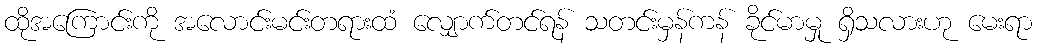
ထိုအကြောင်းကို အလောင်းမင်းတရားထံ လျှောက်တင်ရန် သတင်းမှန်ကန် ခိုင်မာမှု ရှိသလားဟု မေးရာ